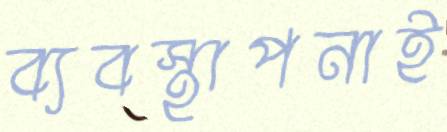
ব্যবস্থাপনাই